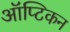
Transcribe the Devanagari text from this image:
ऑप्टिकन